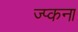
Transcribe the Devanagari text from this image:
ज्प्कना